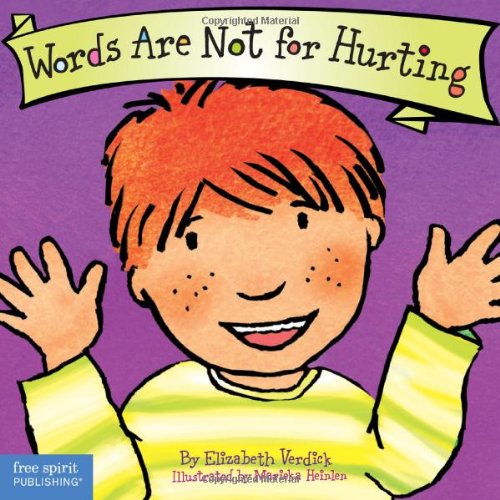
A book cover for Words Are Not for Hurting (Board Book) (Best Behavior Series); Elizabeth Verdick; Reference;